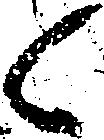
候